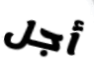
أجل